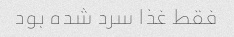
فقط غذا سرد شده بود